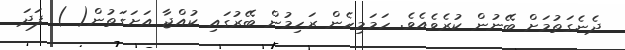
ދެނެގަތުމަށް ބޭނުން ކުރެވެއެވެ. ހަމަމިހެން ރަހިމުން ބޭރުގައި ކުއްޖާ އަށަގަތުން( ) ފަދަ